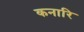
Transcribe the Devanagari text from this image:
कनारि